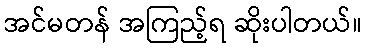
အင်မတန် အကြည့်ရ ဆိုးပါတယ်။